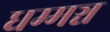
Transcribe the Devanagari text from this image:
धम्मञ्च